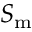
S _ { \mathrm { m } }